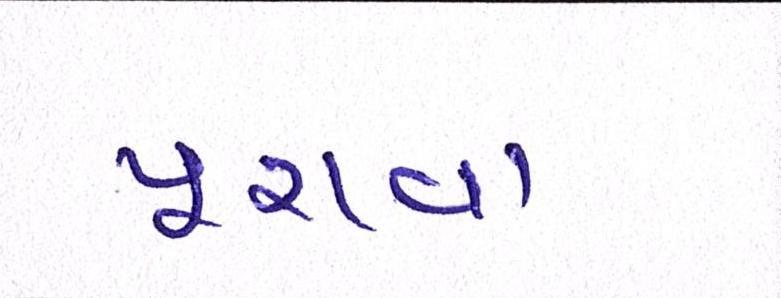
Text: પૂરાવા